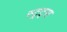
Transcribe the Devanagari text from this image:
स्ट्रट्स